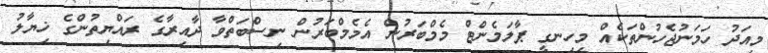
މިއަދު ހަމަނުޖެހުންތަކެއް މިހިނގީ ޕާލަމެންޓް މެމްބަރުން އެމެމްބަރުން ނިސްބަތްވާ ދާއިރާގެ ރައްޔިތުންގެ ޚިޔާލު